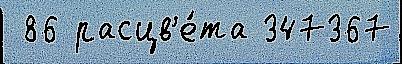
 86 расцв'е́та 347367